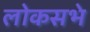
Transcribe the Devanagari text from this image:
लोकसभे